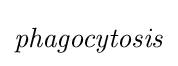
{\it {phagocytosis}}